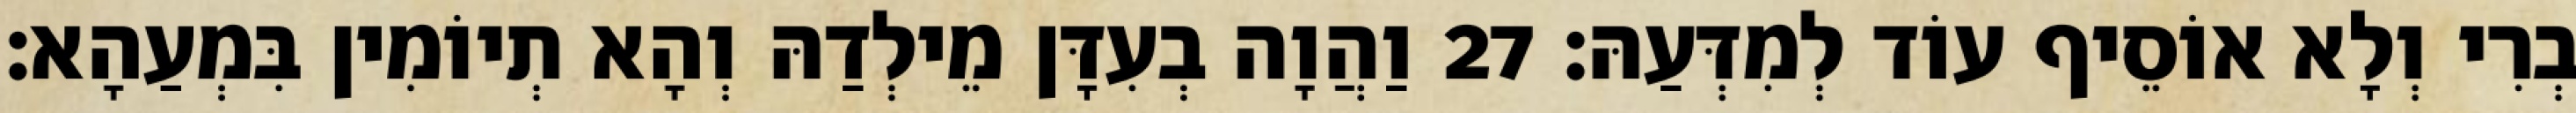
בְרִי וְלָא אוֹסֵיף עוֹד לְמִדְּעַהּ׃ 27 וַהֲוָה בְעִדָּן מֵילְדַהּ וְהָא תְיוֹמִין בִּמְעַהָא׃